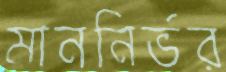
মাননির্ভর